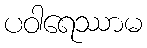
ပဝါရေဿာမ